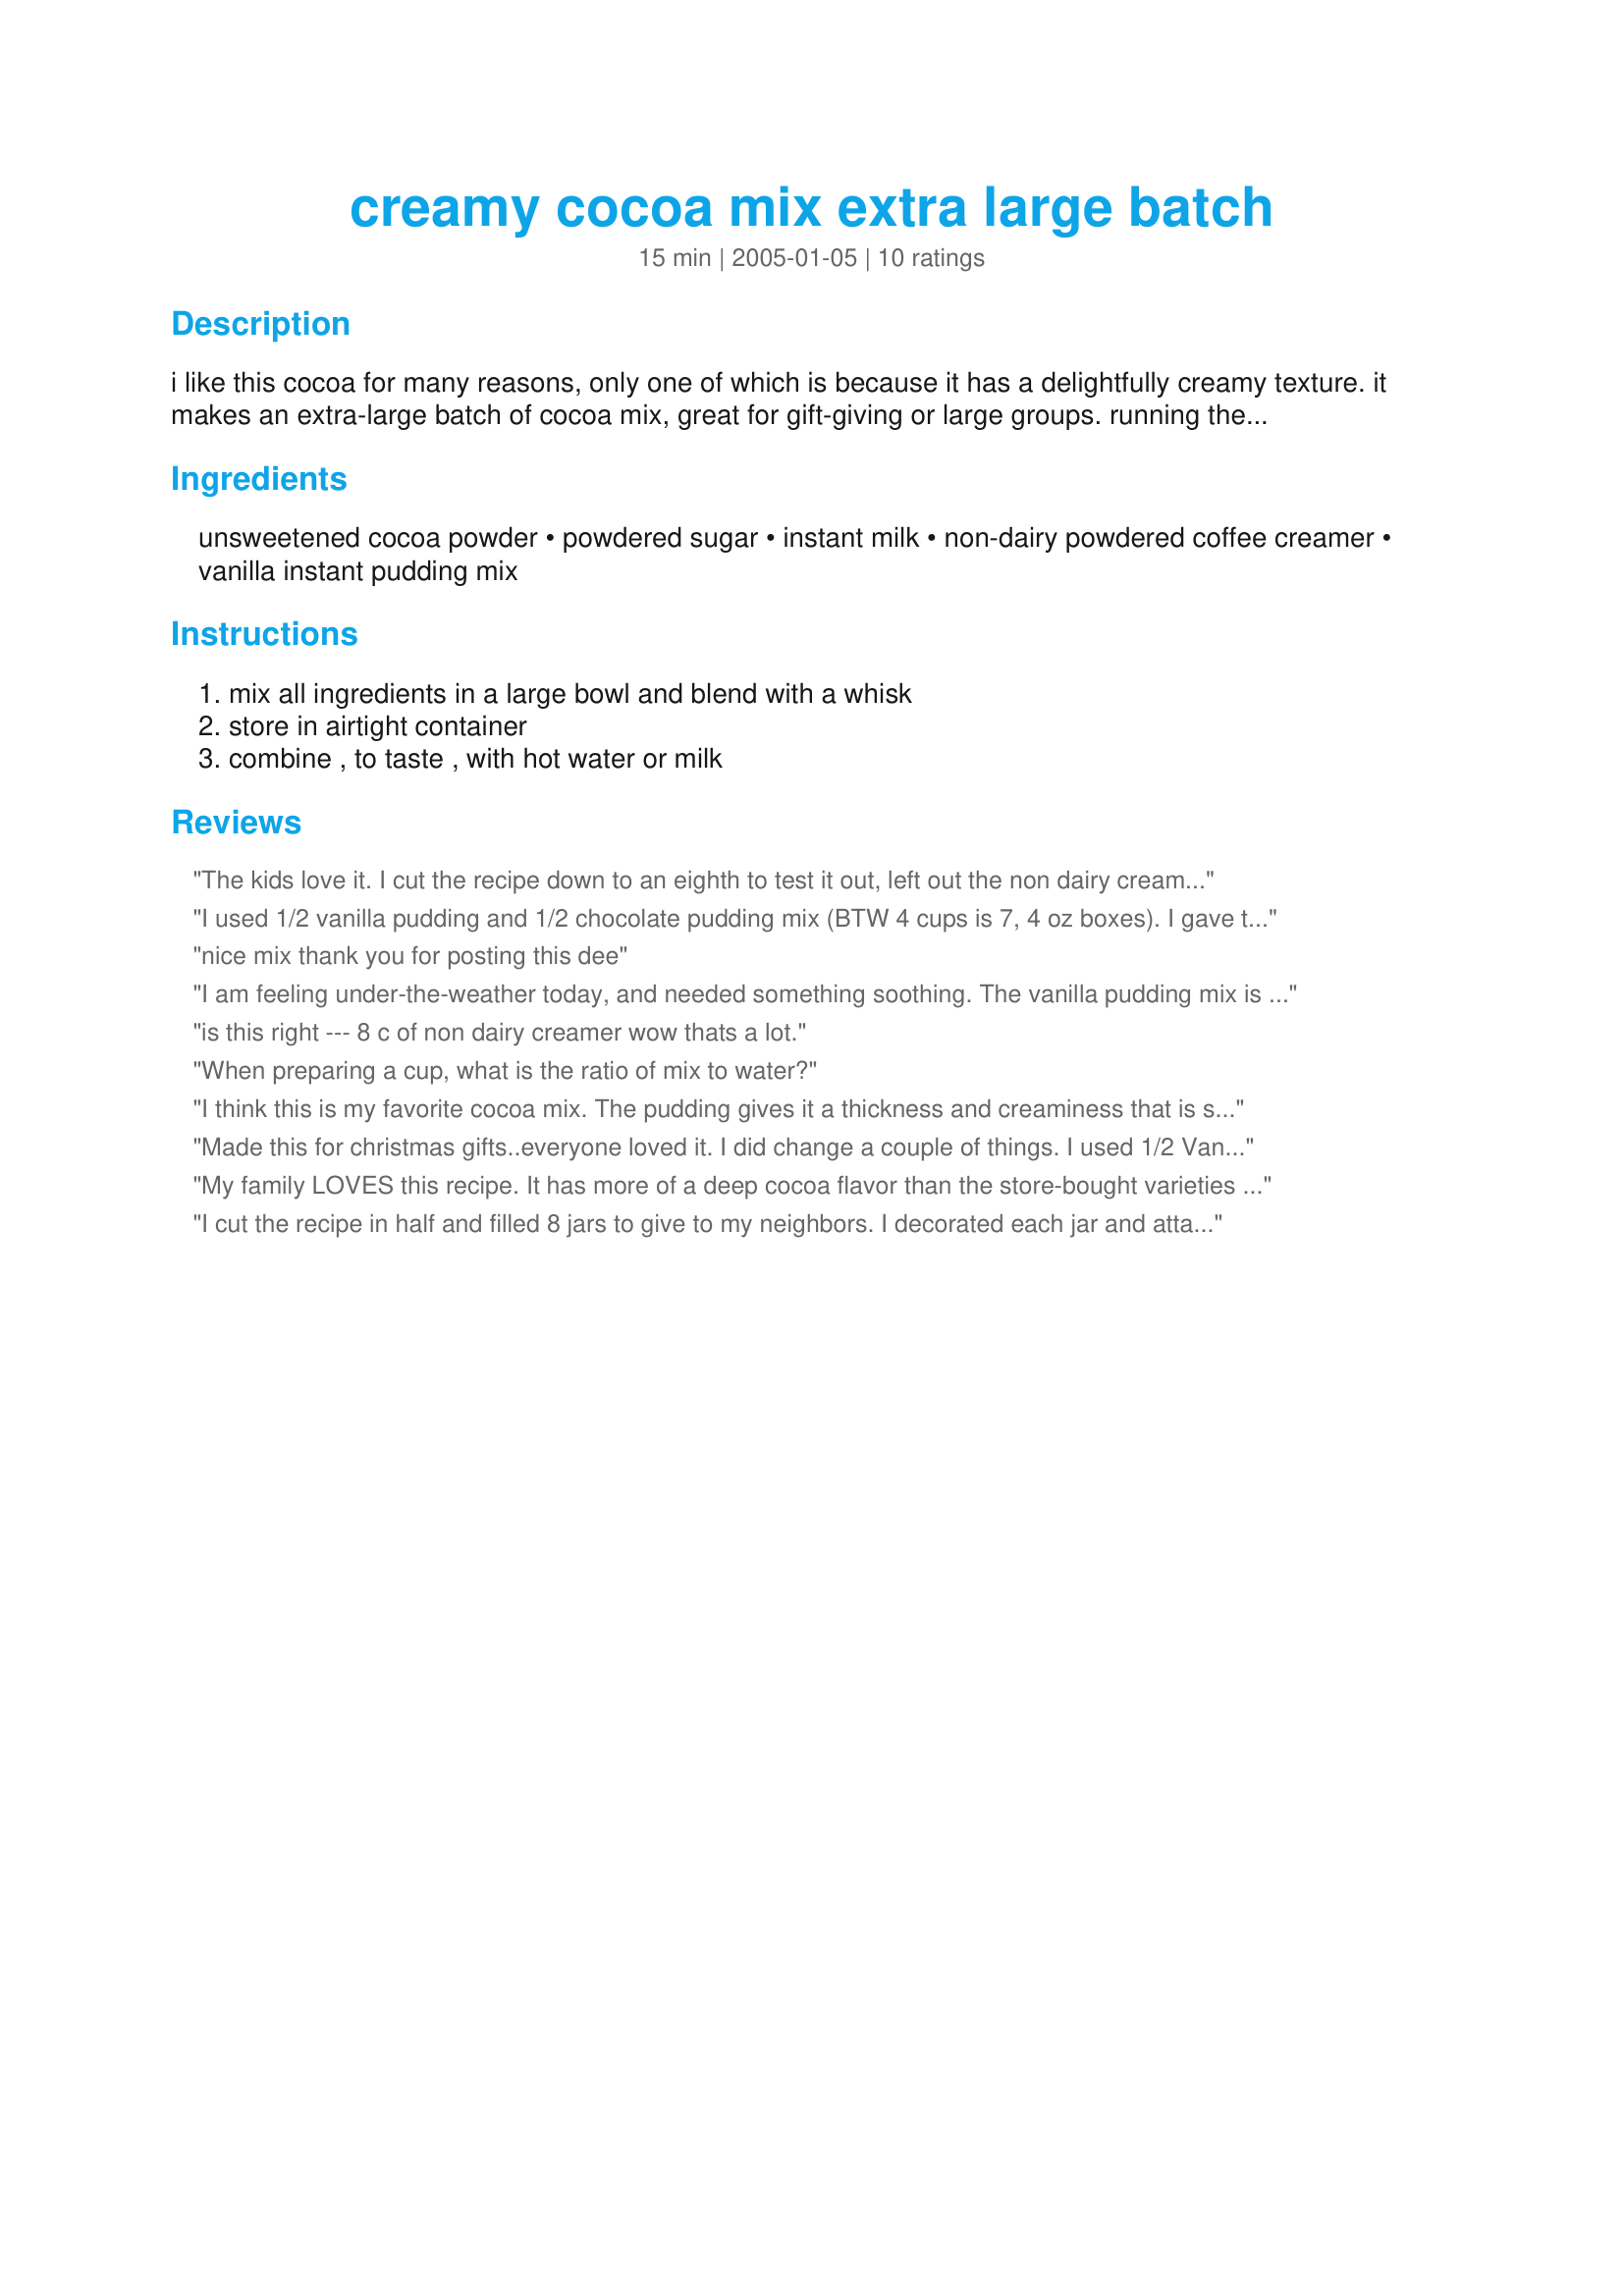
creamy cocoa mix extra large batch
Preparation time: 15 minutes

i like this cocoa for many reasons, only one of which is because it has a delightfully creamy texture. it makes an extra-large batch of cocoa mix, great for gift-giving or large groups. running the powdered milk through the blender powders it, decreasing the odds that it will float to the top of the mix. the number of servings are approximate, as it will depend on how much mix you use per serving. i estimated at 2-tablespoons per serving. adjust for personal taste.

Ingredients:
unsweetened cocoa powder, powdered sugar, instant milk, non-dairy powdered coffee creamer, vanilla instant pudding mix

Steps:
mix all ingredients in a large bowl and blend with a whisk, store in airtight container, combine , to taste , with hot water or milk

Reviews:
The kids love it. I cut the recipe down to an eighth to test it out, left out the non dairy creamer and doubled the milk powder instead, ( we use non fat milk powder anyway). I added a large handful of hersheys semi sweet choc chips to the mix for the sake of it! hehehe I won't be buying hot chocolate from the supermarket anymore..thanks so much... Allie
I used 1/2 vanilla pudding and 1/2 chocolate pudding mix (BTW 4 cups is 7, 4 oz boxes). I gave this as gifts and I tried it myself. It was good, I added hot milk to 4 tbsp mix.
nice mix thank you for posting this dee
I am feeling under-the-weather today, and needed something soothing. The vanilla pudding mix is SUCH a fantastic idea! Super rich and creamy - almost like you made the cocoa with real cream. A definate new staple!!!
is this right --- 8 c of non dairy creamer wow thats a lot.
When preparing a cup, what is the ratio of mix to water?
I think this is my favorite cocoa mix. The pudding gives it a thickness and creaminess that is sometimes lacking in other recipes. It's also not overly sweet, which is a good thing for me--it lets the cocoa flavor shine through. Thanks!
Made this for christmas gifts..everyone loved it. I did change a couple of things. I used 1/2 Vanilla pudding and 1/2 milk chocolate pudding and also used chocolate flavored coffee creamer. Doubled it once..and then had to make another double batch. Sent some over to a friend in IRAQ and he shared it with his buddies..he got one cup and went back and there was no more left. I guess I'll be sending more that way. :) The kids loved it and the one comment I keep hearing back over and over is how creamy it is. Thanks for posting.
My family LOVES this recipe. It has more of a deep cocoa flavor than the store-bought varieties (which just take like flavored sugar). My extended family always requests that I bring this along on our camping trips. Thanks for the great (and easy to make) recipe.
I cut the recipe in half and filled 8 jars to give to my neighbors. I decorated each jar and attached a coffee scoop to it. I used hazelnut flavored non-dairy creamer. I mixed the batch in the food processor to be sure it was well mixed. I sampled a cup and it was rich and creamy. Made for Alphabet Soup Game. Thanks for posting.
